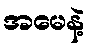
အမေနဲ့